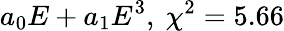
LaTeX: a_{0}E+a_{1}E^{3},\ \chi^{2}=5.66